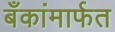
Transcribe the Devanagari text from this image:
बँकांमार्फत